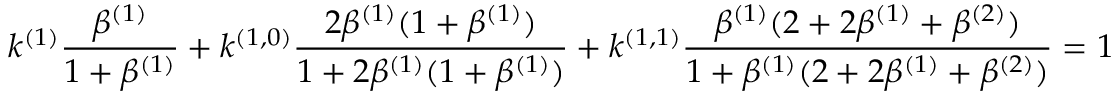
k ^ { ( 1 ) } \frac { \beta ^ { ( 1 ) } } { 1 + \beta ^ { ( 1 ) } } + k ^ { ( 1 , 0 ) } \frac { 2 \beta ^ { ( 1 ) } ( 1 + \beta ^ { ( 1 ) } ) } { 1 + 2 \beta ^ { ( 1 ) } ( 1 + \beta ^ { ( 1 ) } ) } + k ^ { ( 1 , 1 ) } \frac { \beta ^ { ( 1 ) } ( 2 + 2 \beta ^ { ( 1 ) } + \beta ^ { ( 2 ) } ) } { 1 + \beta ^ { ( 1 ) } ( 2 + 2 \beta ^ { ( 1 ) } + \beta ^ { ( 2 ) } ) } = 1